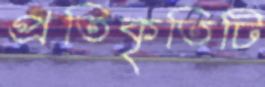
প্রতিকৃতিটি